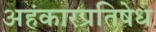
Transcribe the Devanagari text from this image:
अहंकारप्रतिषेध